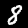
Label: 8